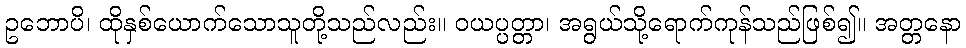
ဥဘောပိ၊ ထိုနှစ်ယောက်သောသူတို့သည်လည်း။ ဝယပ္ပတ္တာ၊ အရွယ်သို့ရောက်ကုန်သည်ဖြစ်၍။ အတ္တနော